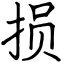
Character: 损